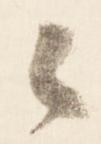
候